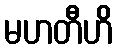
မဟတီဟိ